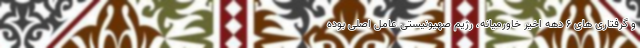
و گرفتاری های 6 دهه اخیر خاورمیانه، رژیم صهیونیستی عامل اصلی بوده